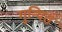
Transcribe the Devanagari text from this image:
गुन्थित